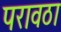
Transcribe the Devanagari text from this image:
परावठा